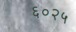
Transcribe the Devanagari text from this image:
६०२५